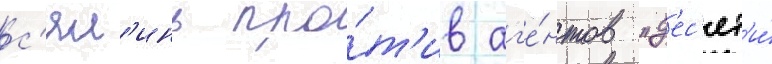
с'ял'инь про́т'ив аг'е́нтов "д'ес'ят'и́